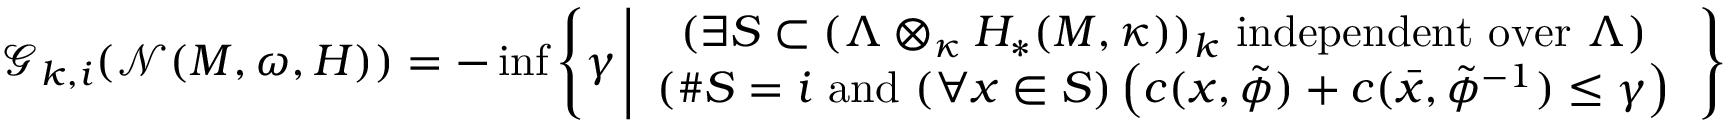
\mathcal { G } _ { k , i } ( \mathcal { N } ( M , \omega , H ) ) = - \operatorname* { i n f } \left\{ \gamma \left| \begin{array} { c } { ( \exists S \subset ( \Lambda \otimes _ { \kappa } H _ { * } ( M , \kappa ) ) _ { k } \mathrm { ~ i n d e p e n d e n t ~ o v e r ~ } \Lambda ) } \\ { ( \# S = i \mathrm { ~ a n d ~ } ( \forall x \in S ) \left( c ( x , \tilde { \phi } ) + c ( \bar { x } , \tilde { \phi } ^ { - 1 } ) \leq \gamma \right) } \end{array} \right. \right\}